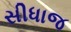
સીધાજ